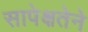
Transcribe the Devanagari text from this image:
सापेक्षतेने